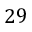
2 9